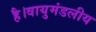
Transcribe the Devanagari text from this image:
है।वायुमंडलीय